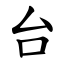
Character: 台